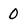
Character: 0